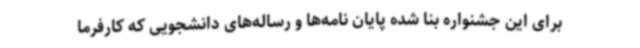
برای این جشنواره بنا شده پایان نامه‌ها و رساله‌های دانشجویی که کارفرما